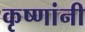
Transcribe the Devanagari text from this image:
कृष्णांनी